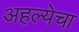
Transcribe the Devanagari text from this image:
अहल्येचा